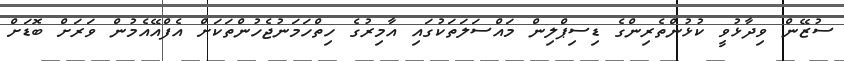
ސުޒޭން ވިދާޅުވީ ކުޅުންތެރިންގެ ޑިސިޕްލިން މައްސަލަތަކުގައި އާމިރުގެ ހިތްހަމަނުޖެހުންތަކަށް އެފްއޭއެމުން ވަރަށް ބޮޑަށް